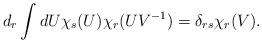
LaTeX: \begin{align*}d_r \int d U \chi_s(U) \chi_r(U{V^{-1}})=\delta_{rs}\chi_r(V).\end{align*}